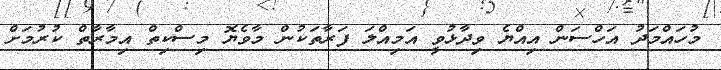
މުހައްމަދު އަހްސަން އިއްޔެ ވިދާޅުވީ އަމިއްލަ ފަރާތަކުން މާވެޔޮ މިސްކިތް އިމާރާތް ކުރުމަށް